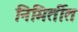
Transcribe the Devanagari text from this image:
निमिर्तीत